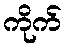
ကိုက်